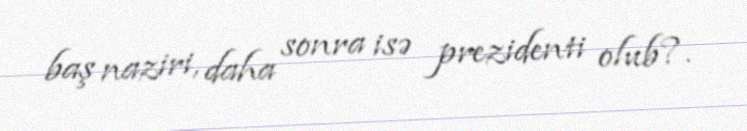
baş naziri, daha sonra isə prezidenti olub?.